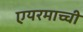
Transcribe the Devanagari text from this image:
एयरमाच्ची